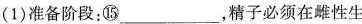
(1)准备阶段：⑮___，精子必须在雌性生